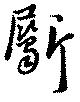
斸